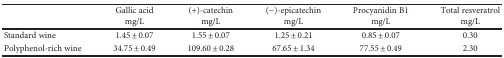
| <ROWSPAN=2>  | Gallic acid | (+)-catechin | (−)-epicatechin | Procyanidin B1 | Total resveratrol |
 | mg/L | mg/L | mg/L | mg/L | mg/L |
 | --- | --- | --- | --- | --- | --- |
 | Standard wine | 1.45 ± 0.07 | 1.55 ± 0.07 | 1.25 ± 0.21 | 0.85 ± 0.07 | 0.30 |
 | Polyphenol-rich wine | 34.75 ± 0.49 | 109.60 ± 0.28 | 67.65 ± 1.34 | 77.55 ± 0.49 | 2.30 |